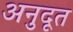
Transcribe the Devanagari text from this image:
अनुदूत